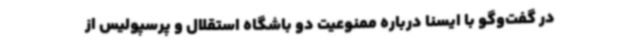
در گفت‌وگو با ایسنا درباره ممنوعیت دو باشگاه استقلال و پرسپولیس از